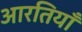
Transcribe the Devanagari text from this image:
आरतियाँ